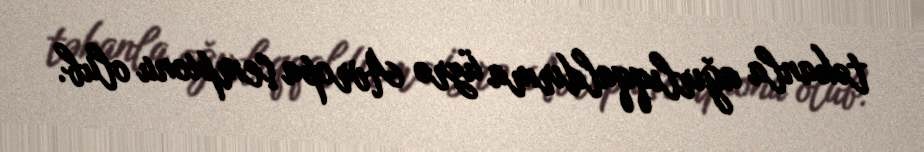
təkanla ağırlıqqaldırma üzrə Avropa çempionu olub.